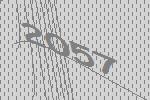
2057